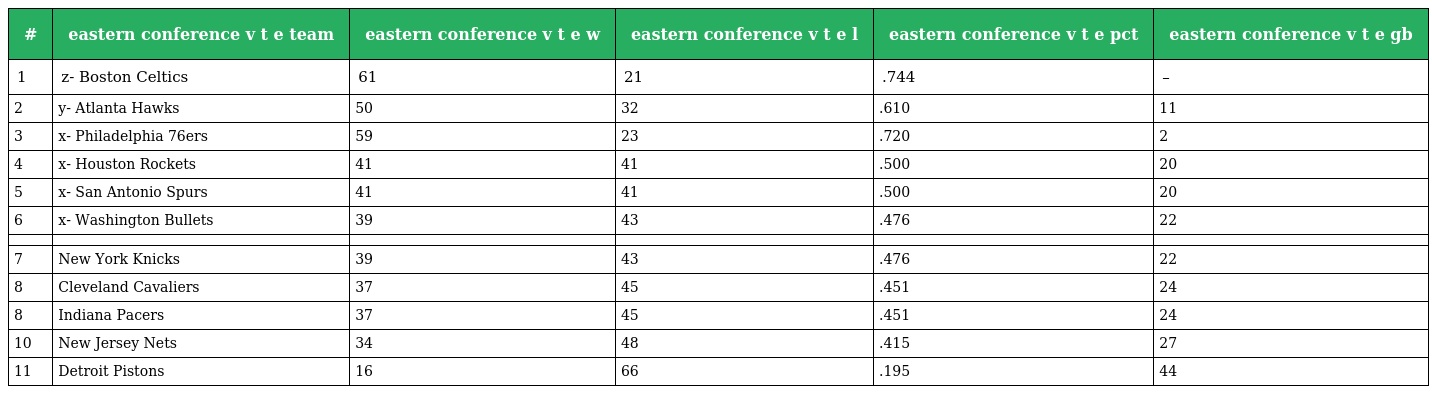
| # | eastern conference v t e team | eastern conference v t e w | eastern conference v t e l | eastern conference v t e pct | eastern conference v t e gb |
 | --- | --- | --- | --- | --- | --- |
 | 1 | z- Boston Celtics | 61 | 21 | .744 | – |
 | 2 | y- Atlanta Hawks | 50 | 32 | .610 | 11 |
 | 3 | x- Philadelphia 76ers | 59 | 23 | .720 | 2 |
 | 4 | x- Houston Rockets | 41 | 41 | .500 | 20 |
 | 5 | x- San Antonio Spurs | 41 | 41 | .500 | 20 |
 | 6 | x- Washington Bullets | 39 | 43 | .476 | 22 |
 |  |  |  |  |  |  |
 | 7 | New York Knicks | 39 | 43 | .476 | 22 |
 | 8 | Cleveland Cavaliers | 37 | 45 | .451 | 24 |
 | 8 | Indiana Pacers | 37 | 45 | .451 | 24 |
 | 10 | New Jersey Nets | 34 | 48 | .415 | 27 |
 | 11 | Detroit Pistons | 16 | 66 | .195 | 44 |